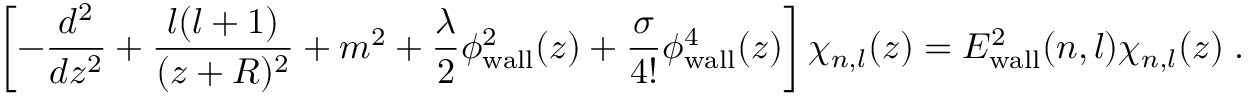
\left[ - \frac { d ^ { 2 } } { d z ^ { 2 } } + \frac { l ( l + 1 ) } { ( z + R ) ^ { 2 } } + m ^ { 2 } + \frac { \lambda } { 2 } \phi _ { \mathrm { w a l l } } ^ { 2 } ( z ) + \frac { \sigma } { 4 ! } \phi _ { \mathrm { w a l l } } ^ { 4 } ( z ) \right] \chi _ { n , l } ( z ) = E _ { \mathrm { w a l l } } ^ { 2 } ( n , l ) \chi _ { n , l } ( z ) \; .